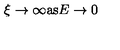
\xi \rightarrow \infty \mathrm { a s } E \rightarrow 0